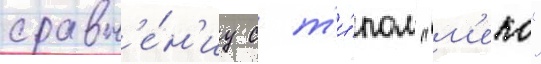
сравн'е́н'иу с т'и́пом "м'еко"